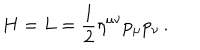
LaTeX: H = L = \frac { 1 } { 2 } \eta ^ { \mu \nu } p _ { \mu } p _ { \nu } \, .